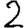
Digit: 2